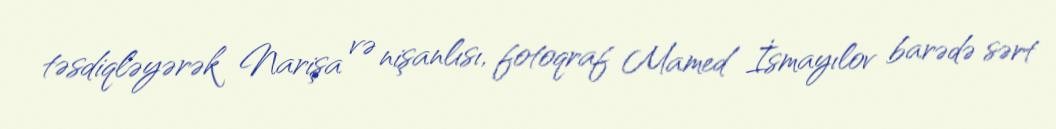
təsdiqləyərək Narişa və nişanlısı, fotoqraf Mamed İsmayılov barədə sərt